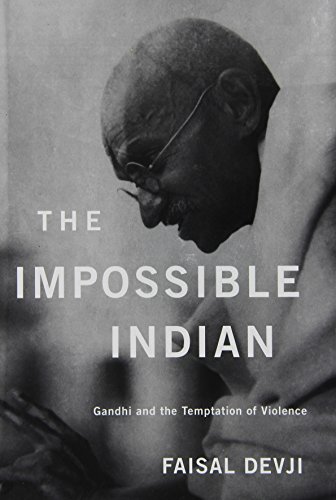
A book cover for The Impossible Indian: Gandhi and the Temptation of Violence; Faisal Devji; Religion & Spirituality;